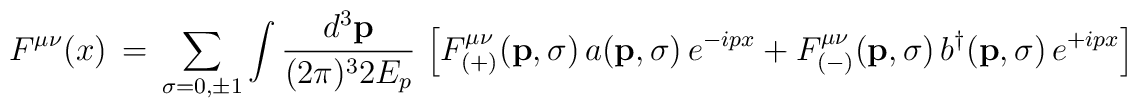
F^{\mu\nu} (x) \,=\, \sum_{\sigma=0,\pm 1}\int \frac{d^3 {\bf p}}{(2\pi)^3 2E_p} \, \left [F^{\mu\nu}_{(+)} ({\bf p},\sigma)\, a ({\bf p},\sigma)\, e^{-ip x} +F^{\mu\nu}_{(-)} ({\bf p},\sigma) \,b^\dagger ({\bf p},\sigma)\,e^{+ip x} \right ]